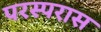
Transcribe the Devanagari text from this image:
परस्परास